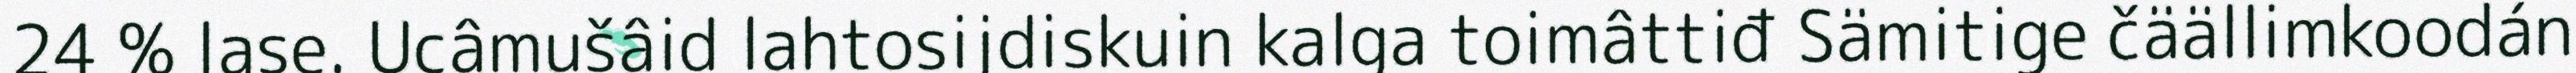
24 % lase. Ucâmušâid lahtosijdiskuin kalga toimâttiđ Sämitige čäällimkoodán